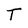
Character: T